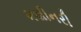
મશીનરી